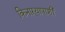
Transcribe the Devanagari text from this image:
किनाऱ्यापाशी